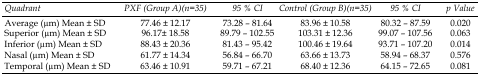
| Quadrant | PXF (Group A) (n=35) | 95 % CI | Control (Group B) (n=35) | 95 % CI | p Value |
 | --- | --- | --- | --- | --- | --- |
 | Average (μm) Mean ± SD | 77.46 ± 12.17 | 73.28 – 81.64 | 83.96 ± 10.58 | 80.32 – 87.59 | 0.020 |
 | Superior (μm) Mean ± SD | 96.17± 18.58 | 89.79 – 102.55 | 103.31 ± 12.36 | 99.07 – 107.56 | 0.063 |
 | Inferior (μm) Mean ± SD | 88.43 ± 20.36 | 81.43 – 95.42 | 100.46 ± 19.64 | 93.71 – 107.20 | 0.014 |
 | Nasal (μm) Mean ± SD | 61.77 ± 14.34 | 56.84 – 66.70 | 63.66 ± 13.73 | 58.94 – 68.37 | 0.576 |
 | Temporal (μm) Mean ± SD | 63.46 ± 10.91 | 59.71 – 67.21 | 68.40 ± 12.36 | 64.15 – 72.65 | 0.081 |